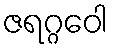
ဇရဂ္ဂဝေါ